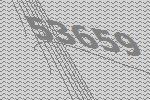
53659